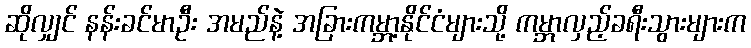
ဆိုလျှင် နန်းခင်မာဦး အမည်နဲ့ အခြားကမ္ဘာ့နိုင်ငံများသို့ ကမ္ဘာလှည့်ခရီးသွားများက